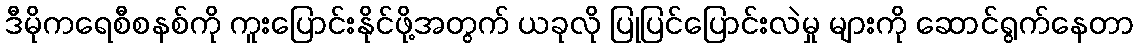
ဒီမိုကရေစီစနစ်ကို ကူးပြောင်းနိုင်ဖို့အတွက် ယခုလို ပြုပြင်ပြောင်းလဲမှု များကို ဆောင်ရွက်နေတာ